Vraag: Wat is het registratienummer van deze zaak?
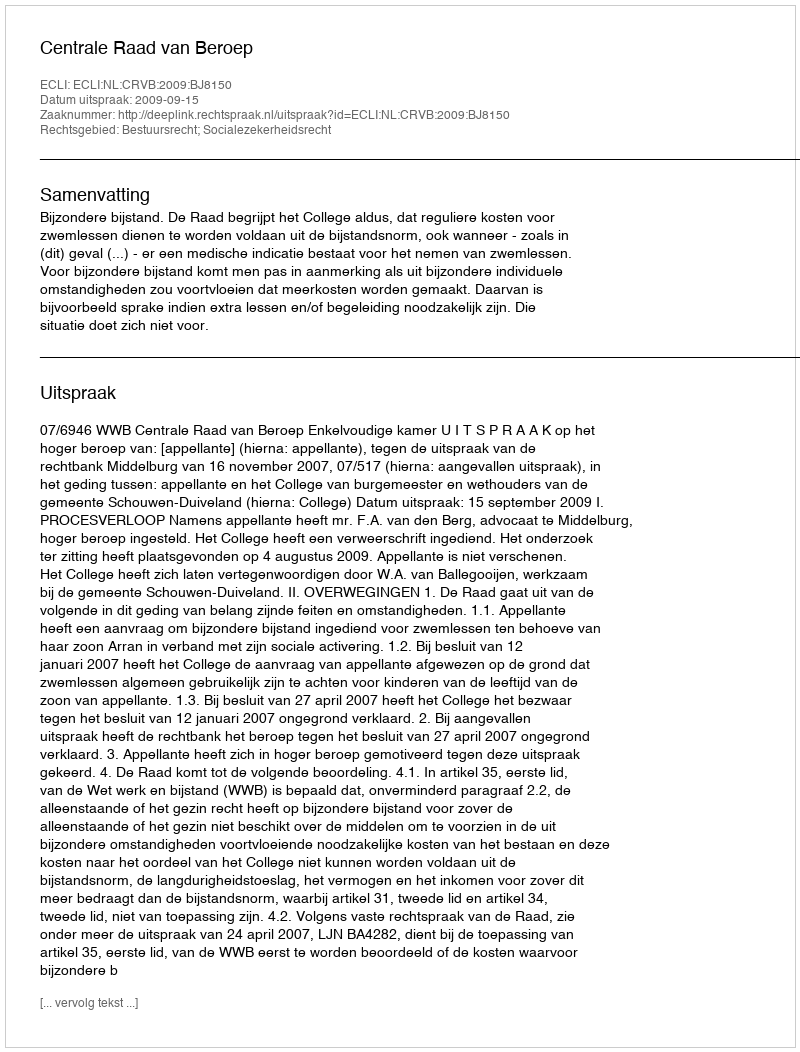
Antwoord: http://deeplink.rechtspraak.nl/uitspraak?id=ECLI:NL:CRVB:2009:BJ8150